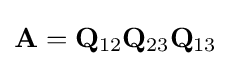
\mathbf {A} =\mathbf {Q} _{12}\mathbf {Q} _{23}\mathbf {Q} _{13}